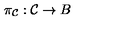
\pi _ { { \cal { C } } } : { \cal { C } } \rightarrow B